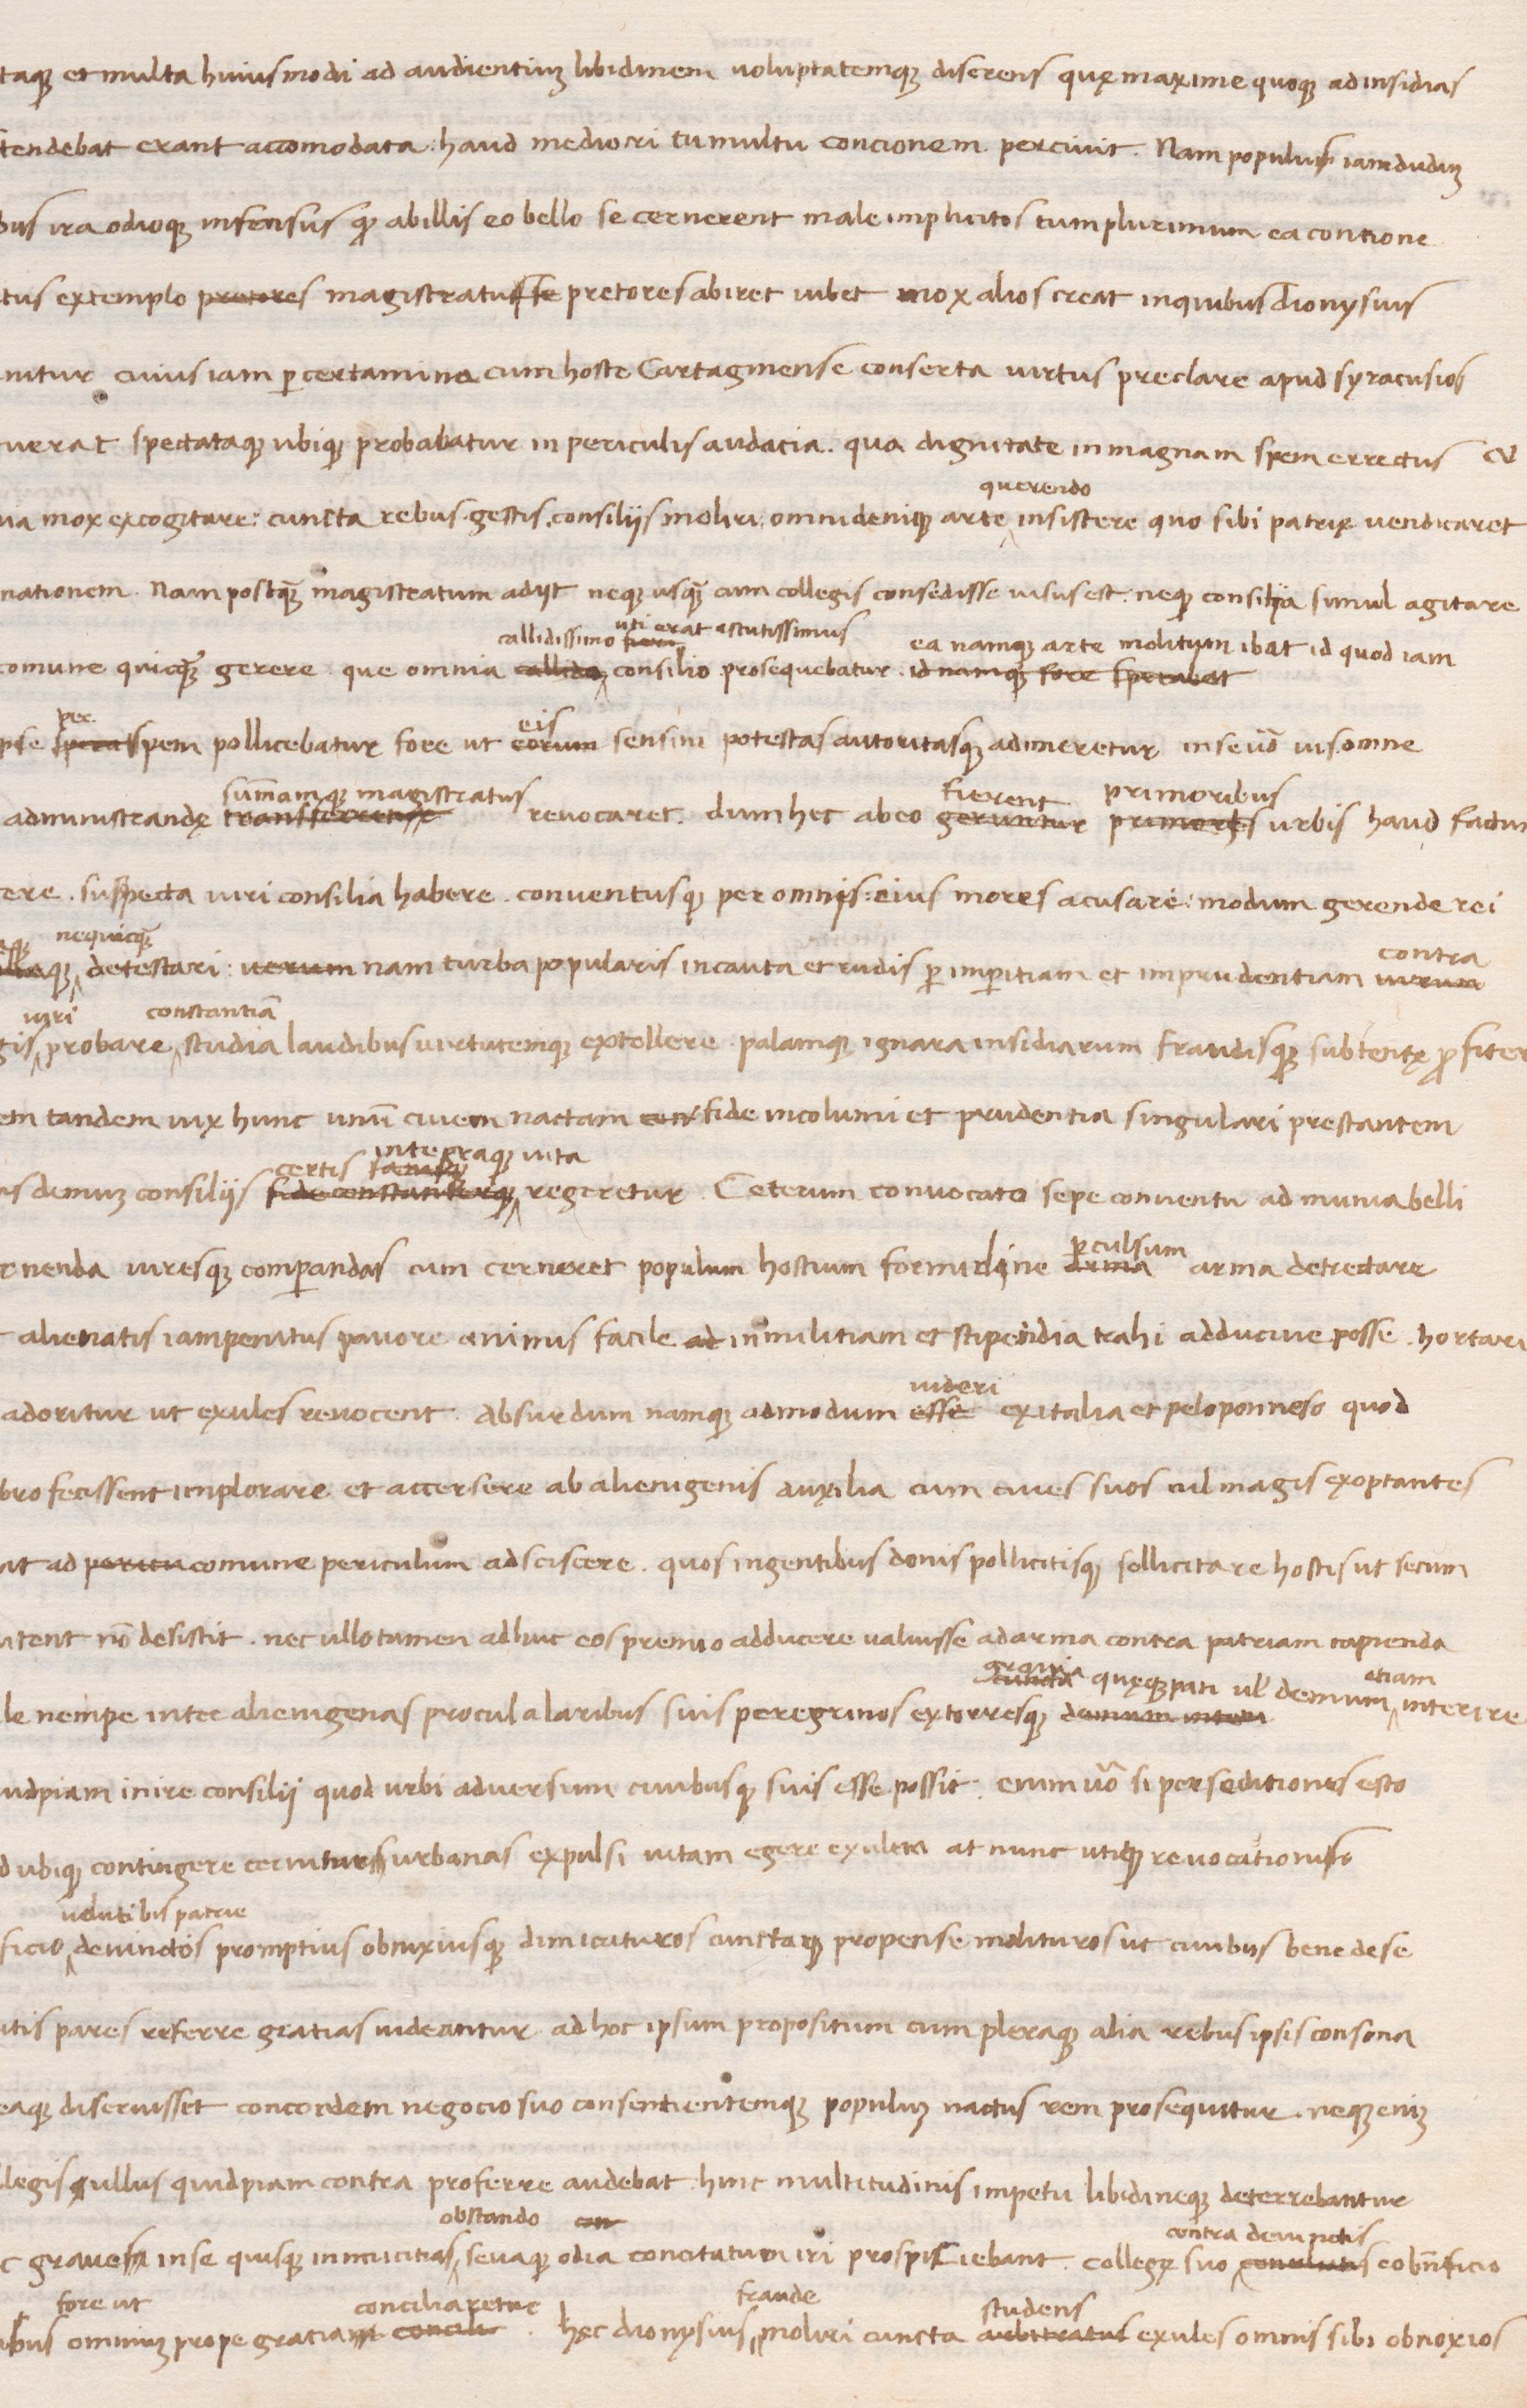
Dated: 1438–1468